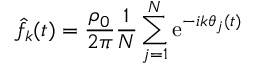
\hat { f } _ { k } ( t ) = { \frac { \rho _ { 0 } } { 2 \pi } } { \frac { 1 } { N } } \sum _ { j = 1 } ^ { N } \mathrm { e } ^ { - i k \theta _ { j } ( t ) }